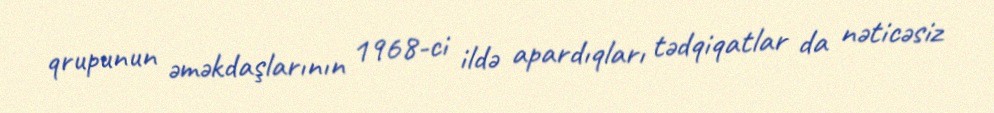
qrupunun əməkdaşlarının 1968-ci ildə apardıqları tədqiqatlar da nəticəsiz